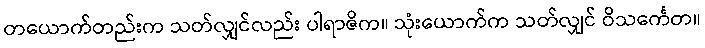
တယောက်တည်းက သတ်လျှင်လည်း ပါရာဇိက။ သုံးယောက်က သတ်လျှင် ဝိသင်္ကေတ။